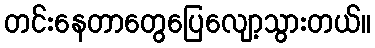
တင်းနေတာတွေပြေလျော့သွားတယ်။